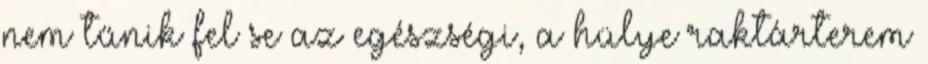
nem tűnik fel se az egészségi, a hülye raktárterem